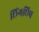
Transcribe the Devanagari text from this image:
छिंगछिप